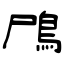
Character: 鳲